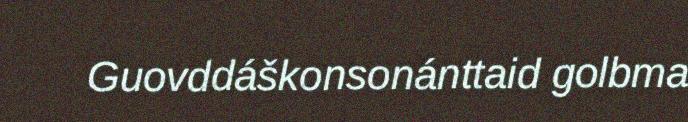
Guovddáškonsonánttaid golbma